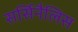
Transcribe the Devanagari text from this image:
सर्सिनैलिस